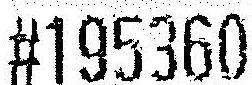
#195360